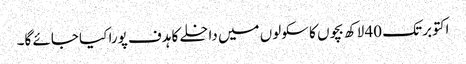
اکتوبر تک 40 لاکھ بچوں کا سکولوں میں داخلے کا ہدف پورا کیا جائے گا۔